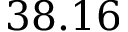
3 8 . 1 6